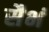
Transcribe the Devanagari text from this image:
सैभं